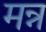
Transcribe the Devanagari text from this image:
मन्न